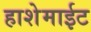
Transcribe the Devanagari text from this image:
हाशेमाईट